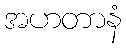
အဟတာနံ